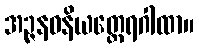
အဉ္ဇနဝနိယတ္ထေရဂါထာ။